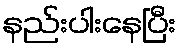
နည်းပါးနေပြီး